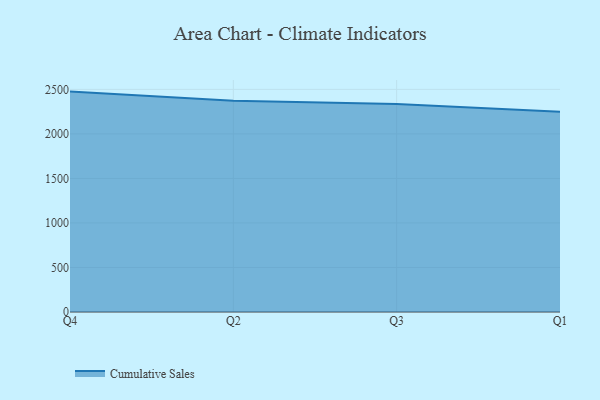
{"axis": {"x": "Quarter", "y": "Latency (ms)"}, "legend": ["Cumulative Sales"], "data": [{"x": "Q4", "y": 2475.1, "type": "Cumulative Sales"}, {"x": "Q2", "y": 2372.6, "type": "Cumulative Sales"}, {"x": "Q3", "y": 2336.3, "type": "Cumulative Sales"}, {"x": "Q1", "y": 2249.6, "type": "Cumulative Sales"}]}